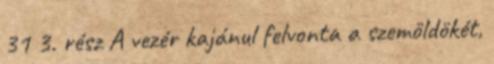
31 3. rész A vezér kajánul felvonta a szemöldökét,